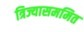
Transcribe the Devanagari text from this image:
त्रिज्यासममित